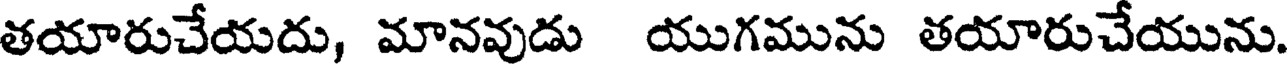
తయారుచేయదు, మానవుడు యుగమును తయారుచేయును.